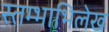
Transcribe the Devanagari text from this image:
स्तम्भाभिलेख